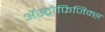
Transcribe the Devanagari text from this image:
ॲस्ट्रोफिजिक्‍स